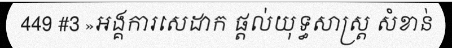
449 #3 »អង្គការសេដាក ផ្តល់យុទ្ធសាស្ត្រ សំខាន់